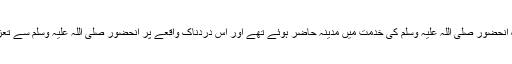
ربیعہ بن مالک کے بارے میں قریباً تمام مؤرخین نے یہ واقعہ لکھا ہے کہ وہ آنحضور صلی اللہ علیہ وسلم کی خدمت میں مدینہ حاضر ہوئے تھے اور اس دردناک واقعے پر آنحضور صلی اللہ علیہ وسلم سے تعزیت بھی کی تھی اور اپنی اور اپنے والد کی طرف سے معذرت بھی پیش کی۔